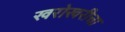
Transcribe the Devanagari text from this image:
खरोखरीचा